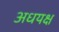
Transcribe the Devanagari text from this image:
अधयक्ष